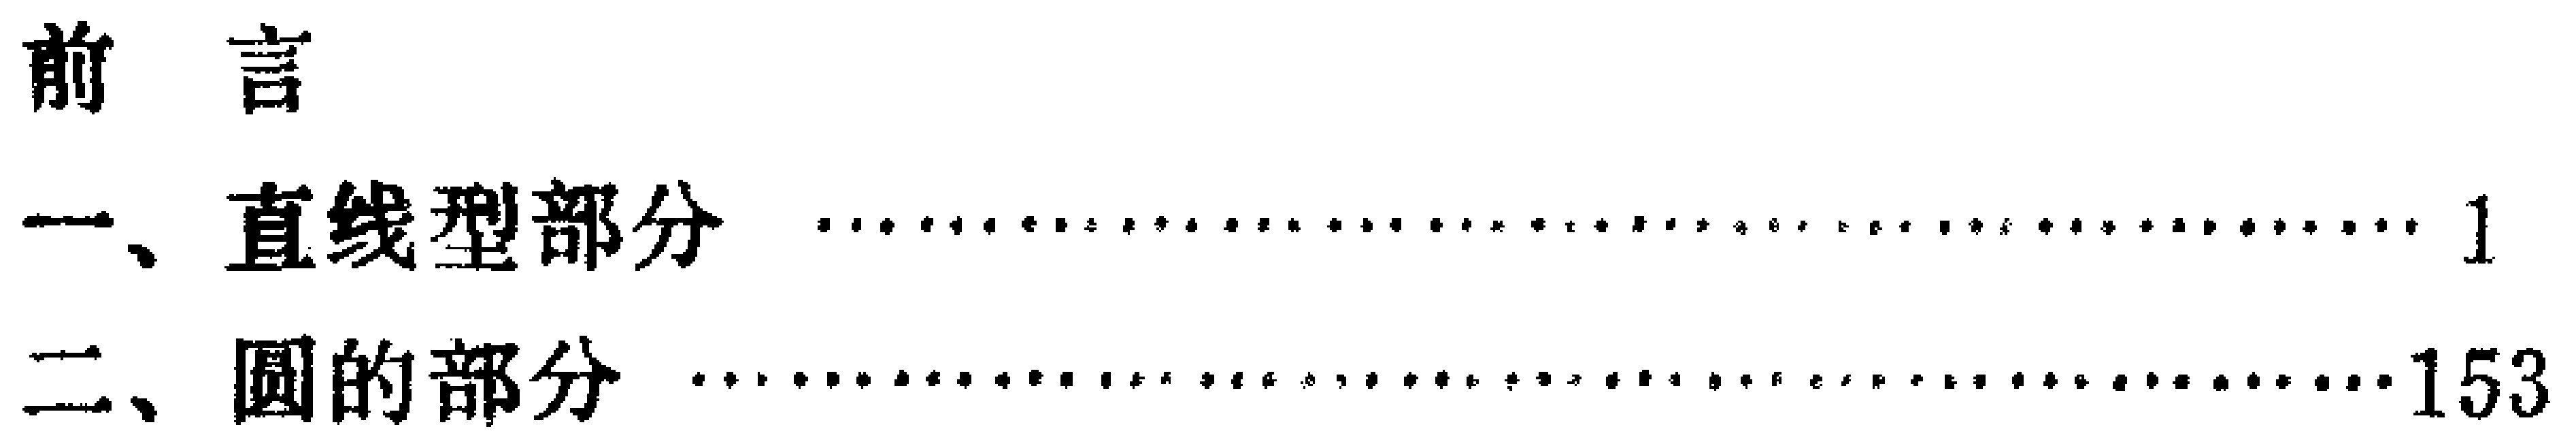
\begin{document}

前言

一、直线型部分  \hfill{}\\

二、圆的部分 \hfill{153}\\

\end{document}